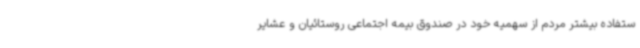
ستفاده بیشتر مردم از سهمیه خود در صندوق بیمه اجتماعی روستائیان و عشایر